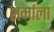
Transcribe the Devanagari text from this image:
शर्माला